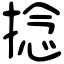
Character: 捻